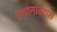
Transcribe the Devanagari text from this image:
स्थानांतरास